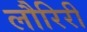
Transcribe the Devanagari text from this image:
लौरिरी